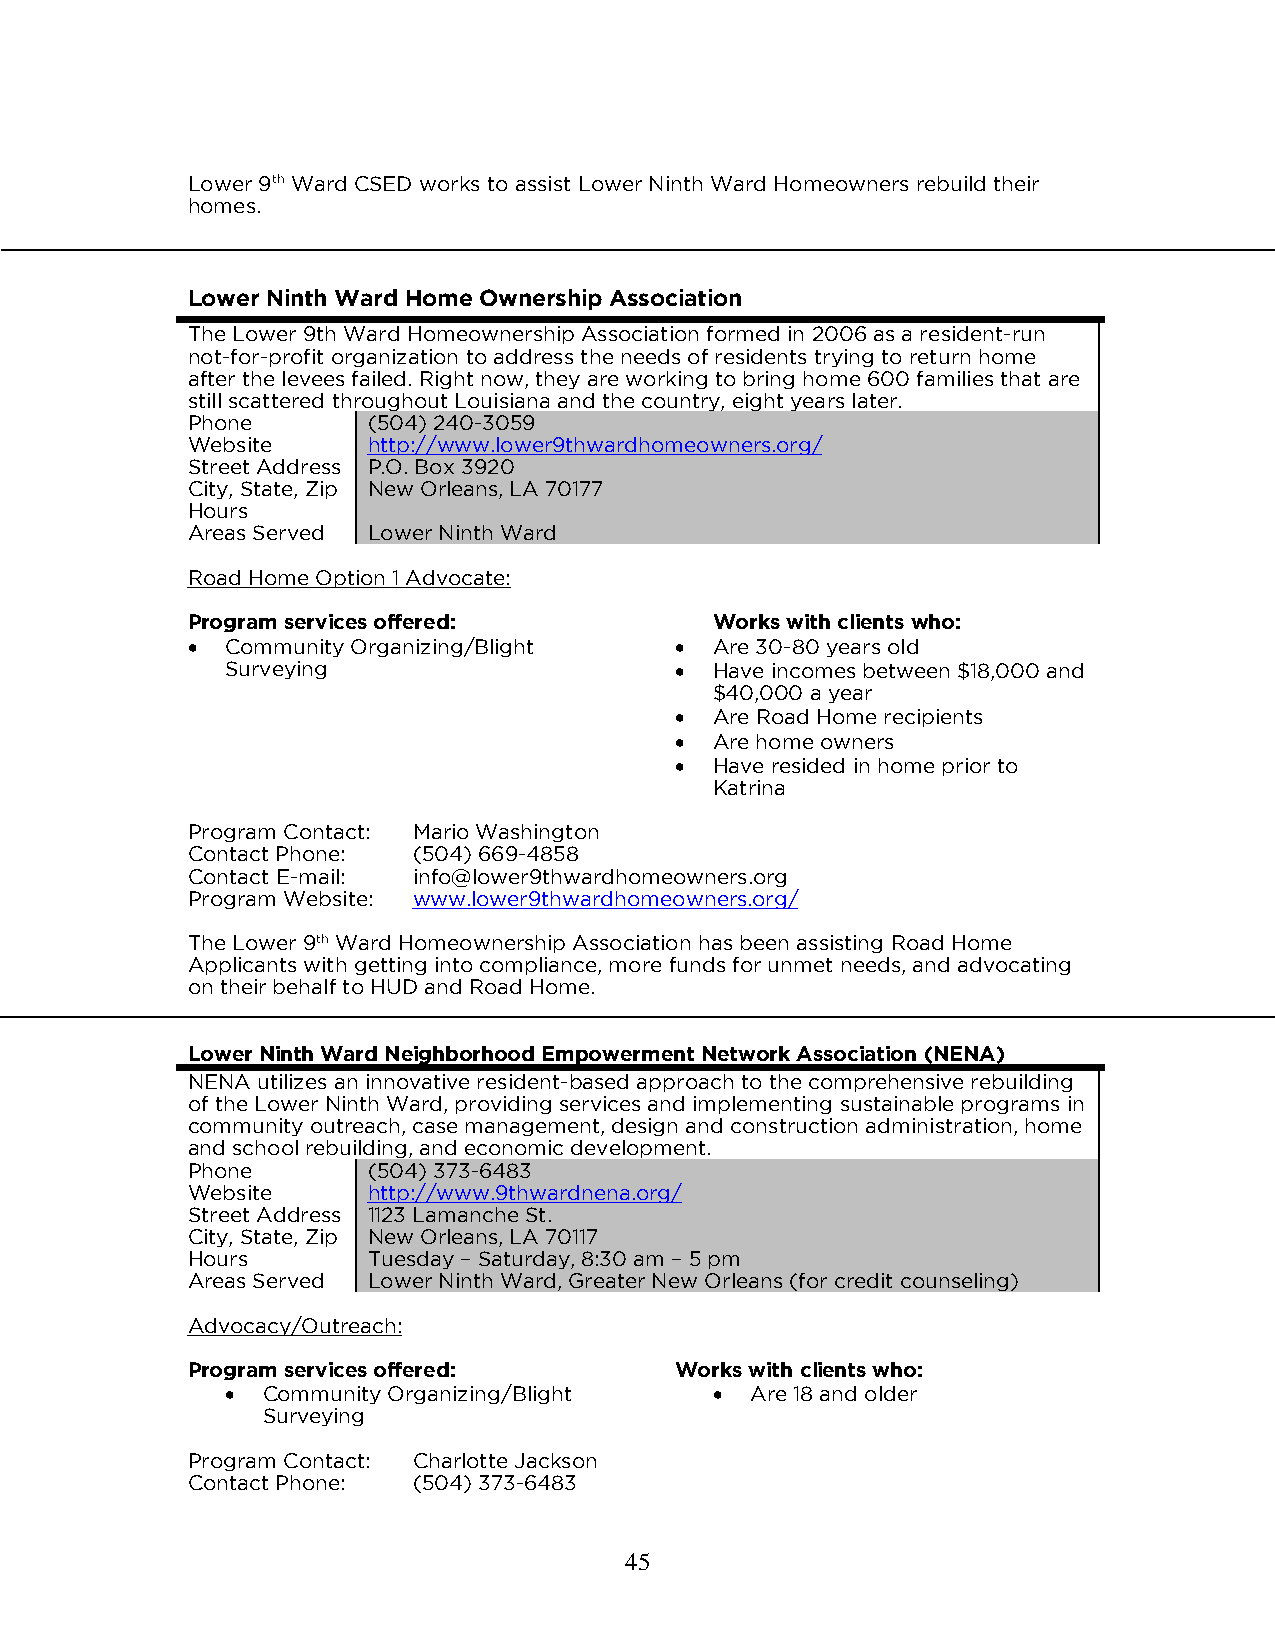
Lower 9th Ward CSED works to assist Lower Ninth Ward Homeowners rebuild their
 homes.
 Lower Ninth Ward Home Ownership Association
 The Lower 9th Ward Homeownership Association formed in 2006 as a resident-run
 not-for-profit organization to address the needs of residents trying to return home
 after the levees failed. Right now, they are working to bring home 600 families that are
 still scattered throughout Louisiana and the country, eight years later.
 Phone       (504) 240-3059
 Website     http://www.lower9thwardhomeowners.org/
 Street Address P.O. Box 3920
 City, State, Zip New Orleans, LA 70177
 Hours
 Areas Served Lower Ninth Ward
 Road Home Option 1 Advocate:
 Program services offered:          Works with clients who:
   Community Organizing/Blight    Are 30-80 years old
 Surveying                      Have incomes between $18,000 and
 $40,000 a year
  Are Road Home recipients
  Are home owners
  Have resided in home prior to
 Katrina
 Program Contact: Mario Washington
 Contact Phone: (504) 669-4858
 Contact E-mail: info@lower9thwardhomeowners.org
 Program Website: www.lower9thwardhomeowners.org/
 The Lower 9th Ward Homeownership Association has been assisting Road Home
 Applicants with getting into compliance, more funds for unmet needs, and advocating
 on their behalf to HUD and Road Home.
 Lower Ninth Ward Neighborhood Empowerment Network Association (NENA)
 NENA utilizes an innovative resident-based approach to the comprehensive rebuilding
 of the Lower Ninth Ward, providing services and implementing sustainable programs in
 community outreach, case management, design and construction administration, home
 and school rebuilding, and economic development.
 Phone       (504) 373-6483
 Website     http://www.9thwardnena.org/
 Street Address 1123 Lamanche St.
 City, State, Zip New Orleans, LA 70117
 Hours       Tuesday – Saturday, 8:30 am – 5 pm
 Areas Served Lower Ninth Ward, Greater New Orleans (for credit counseling)
 Advocacy/Outreach:
 Program services offered:        Works with clients who:
  Community Organizing/Blight     Are 18 and older
 Surveying
 Program Contact: Charlotte Jackson
 Contact Phone: (504) 373-6483
 45